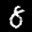
Label: 8